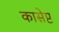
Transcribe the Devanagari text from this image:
कासेप्ट